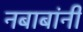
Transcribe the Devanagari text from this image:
नबाबांनी